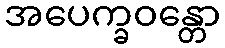
အပေက္ခဝန္တော